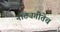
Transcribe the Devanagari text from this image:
नाट्यगीतेच